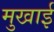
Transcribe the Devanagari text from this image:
मुखाई